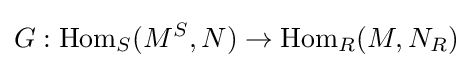
G:{\text{Hom}}_{S}(M^{S},N)\to {\text{Hom}}_{R}(M,N_{R})